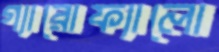
গ্যারোফ্যালো